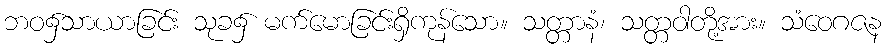
ဘဝ၌သာယာခြင်း သုခ၌ မက်မောခြင်းရှိကုန်သော။ သတ္တာနံ၊ သတ္တဝါတို့အား။ သံဝေဂဇန